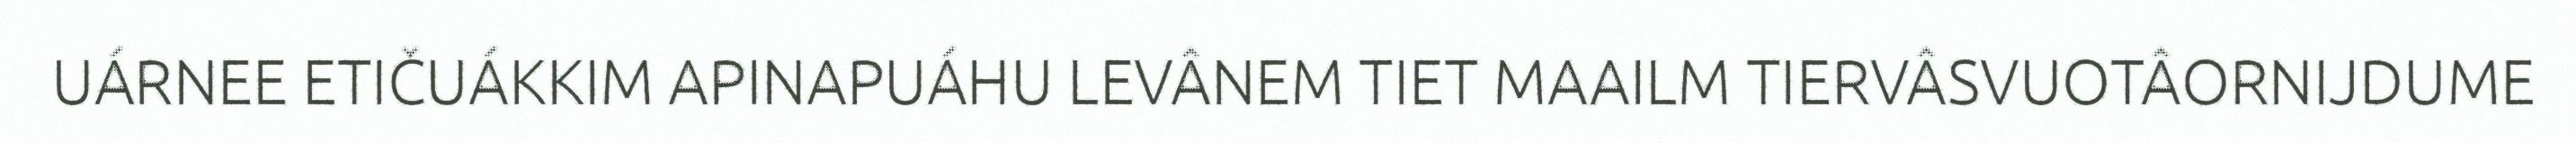
UÁRNEE ETIČUÁKKIM APINAPUÁHU LEVÂNEM TIET MAAILM TIERVÂSVUOTÂORNIJDUME